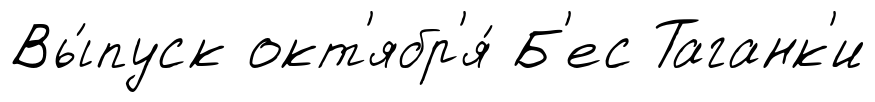
Вы́пуск окт'ябр'я́ Б'ес Таганк'и